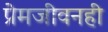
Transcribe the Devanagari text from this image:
प्रेमजीवनही